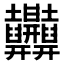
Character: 𱼲